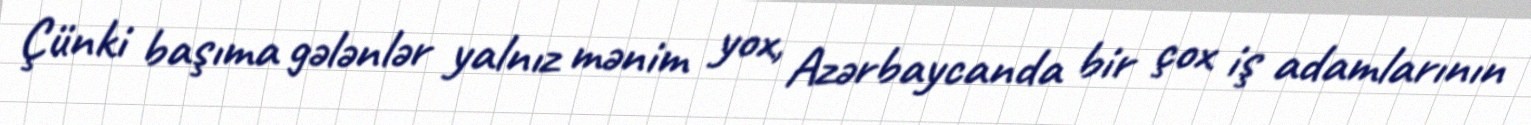
Çünki başıma gələnlər yalnız mənim yox, Azərbaycanda bir çox iş adamlarının